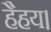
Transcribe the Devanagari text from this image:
हैहय।